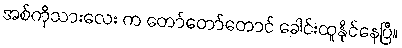
အစ်ကိုသားလေး က တော်တော်တောင် ခေါင်းထူနိုင်နေပြီ။